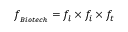
f _ { _ { B i o t e c h } } = f _ { l } \times f _ { i } \times f _ { t }